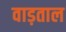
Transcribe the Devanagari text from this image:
वाड़ताल